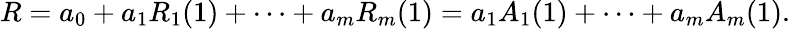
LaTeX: R=a_{0}+a_{1}R_{1}(1)+\cdots+a_{m}R_{m}(1)=a_{1}A_{1}(1)+\cdots+a_{m}A_{m}(1).